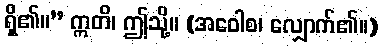
ရှိ၏။” ဣတိ၊ ဤသို့။ (အဝေါစ၊ လျှောက်၏။)